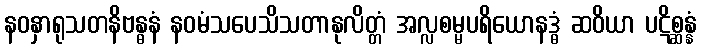
နဝနှာရုသတနိဗန္ဓနံ နဝမံသပေသိသတာနုလိတ္တံ အလ္လစမ္မပရိယောနဒ္ဓံ ဆဝိယာ ပဋိစ္ဆန္နံ